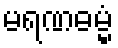
မရဏဓမ္မံ